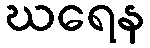
ဃရေန